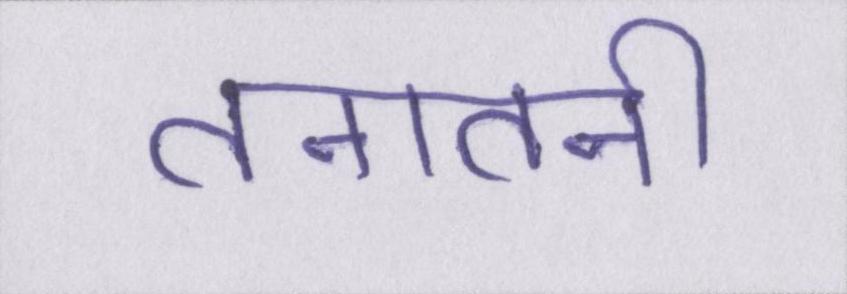
तनातनी